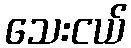
သေးငယ်